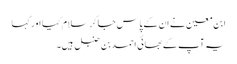
ابن معین نے ان کے پاس جا کر سلام کیا اور کہا
یہ آپ کے بھائی احمد بن حنبل ہیں۔